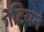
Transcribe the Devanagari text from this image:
गेटियन